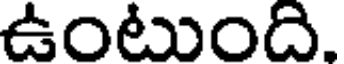
ఉంటుంది.